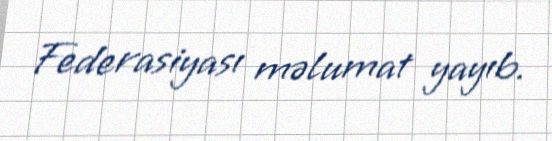
Federasiyası məlumat yayıb.